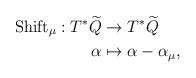
LaTeX: \begin{align*} \textup{Shift}_\mu : T^*\widetilde Q & \to T^*\widetilde Q\\ \alpha & \mapsto \alpha - \alpha_\mu, \end{align*}